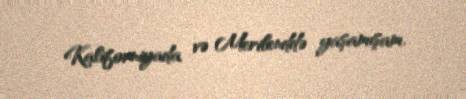
Kaliforniyada və Merilenddə yaşamışam.